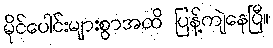
မိုင်ပေါင်းများစွာအထိ ပြန့်ကျဲနေပြီ။